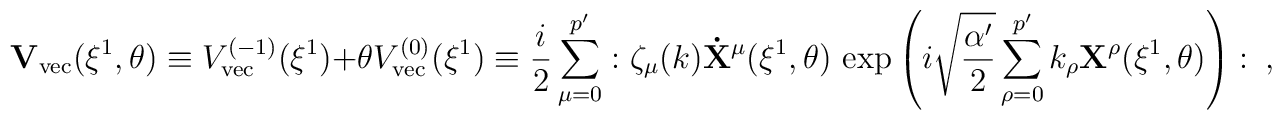
{\bf V}_{\rm vec}(\xi^{1},\theta) \equiv V^{(-1)}_{\rm vec}(\xi^{1})+\theta V^{(0)}_{\rm vec}(\xi^{1})\equiv     \frac{i}{2}\sum_{\mu=0}^{p^{\prime}}:      \zeta_{\mu}(k)       {\bf \dot{X}}^{\mu}(\xi^{1},\theta)        \,\exp\left( i\sqrt{\frac{\alpha^{\prime}}{2}}           \sum_{\rho=0}^{p^{\prime}}           k_{\rho}{\bf X}^{\rho}(\xi^{1},\theta)\right):~,